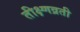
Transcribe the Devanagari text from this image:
तीक्ष्णव्रती